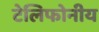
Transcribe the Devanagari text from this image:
टेलिफोनीय